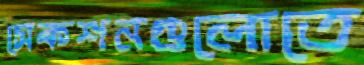
সেকশনগুলোতে